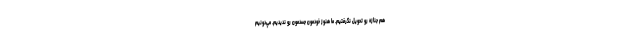
هم جنازه رو تحويل نگرفتيم. ما هنوز خودمون جسدمون رو نديديم. مي‌دونيم